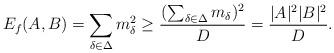
LaTeX: \begin{align*} E_{f}(A,B) = \sum_{\delta\in \Delta}m_{\delta}^2 \ge \frac{(\sum_{\delta\in \Delta} m_\delta)^2}{D} = \frac{|A|^2|B|^2}{D}.\end{align*}